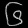
Digit: ၆